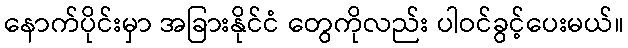
နောက်ပိုင်းမှာ အခြားနိုင်ငံ တွေကိုလည်း ပါဝင်ခွင့်ပေးမယ်။